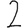
Digit: 2